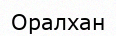
Оралхан